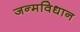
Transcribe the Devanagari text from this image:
जन्मविधान